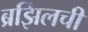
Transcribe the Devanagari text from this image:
ब्रझिलची